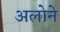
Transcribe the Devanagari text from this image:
अलोने